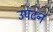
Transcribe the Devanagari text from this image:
उपटन